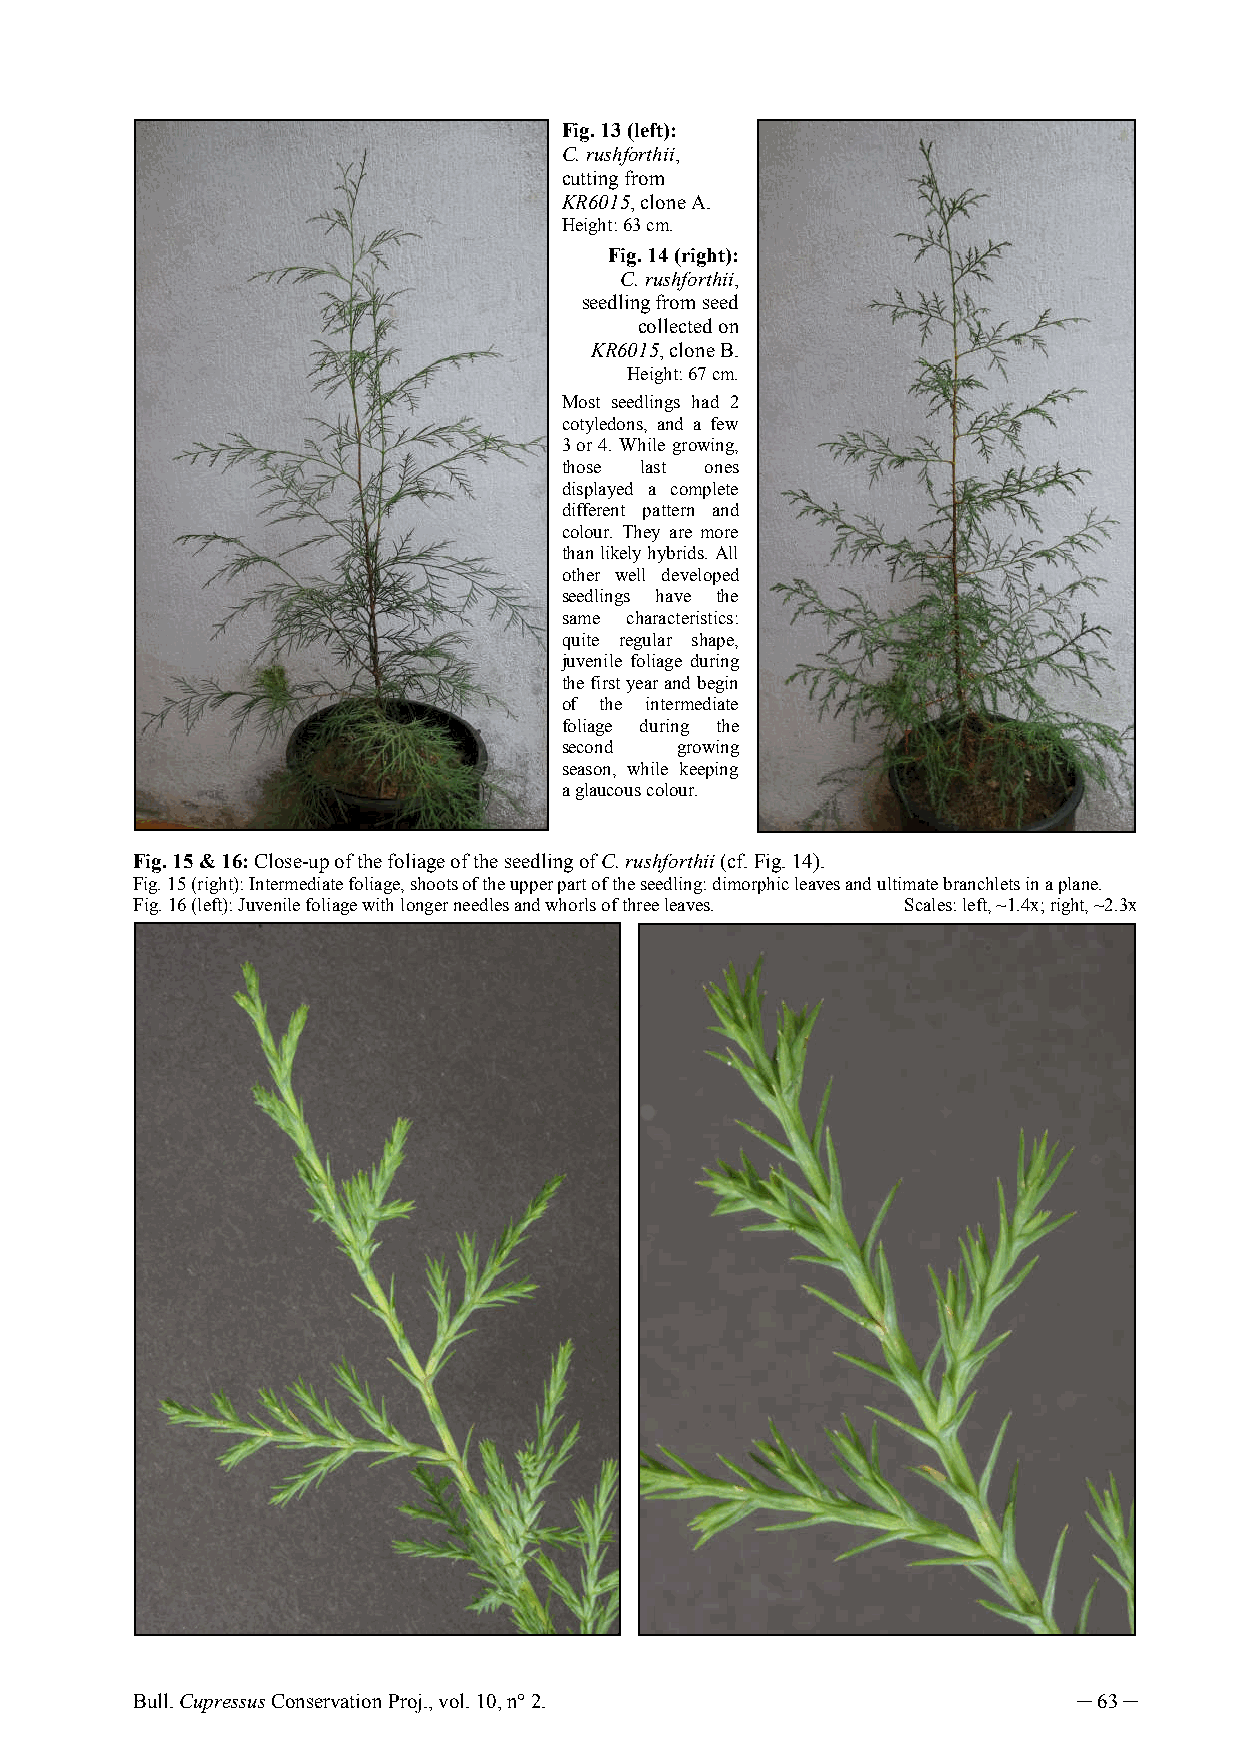
Fig. 13 (left):
 C. rushforthii,
 cutting from
 KR6015, clone A.
 Height: 63 cm.
 Fig. 14 (right):
 C. rushforthii,
 seedling from seed
 collected on
 KR6015, clone B.
 Height: 67 cm.
 Most seedlings had 2
 cotyledons, and a few
 3 or 4. While growing,
 those last ones
 displayed a complete
 different pattern and
 colour. They are more
 than likely hybrids. All
 other well developed
 seedlings have the
 same characteristics:
 quite regular shape,
 juvenile foliage during
 the first year and begin
 of the intermediate
 foliage during the
 second  growing
 season, while keeping
 a glaucous colour.
 Fig. 15 & 16: Close-up of the foliage of the seedling of C. rushforthii (cf. Fig. 14).
 Fig. 15 (right): Intermediate foliage, shoots of the upper part of the seedling: dimorphic leaves and ultimate branchlets in a plane.
 Fig. 16 (left): Juvenile foliage with longer needles and whorls of three leaves. Scales: left, ~1.4x; right, ~2.3x
 Bull. Cupressus Conservation Proj., vol. 10, n° 2.            ─ 63 ─